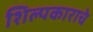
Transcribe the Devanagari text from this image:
शिल्पकाराचे